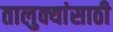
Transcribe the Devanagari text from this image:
तालुक्यांसाठी